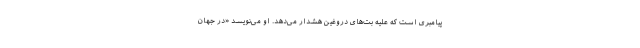
پیامبری است که علیه بت‌های دروغین هشدار می‌دهد. او می‌نویسد «در جهان